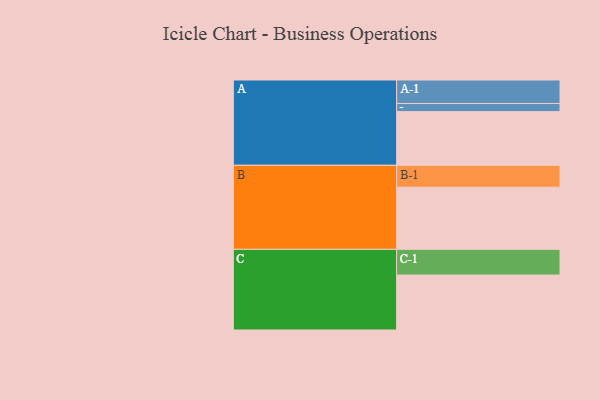
{"axis": {"x": "Segment", "y": "Value"}, "legend": ["", "A", "B", "C"], "data": [{"x": "A", "y": 336, "type": ""}, {"x": "B", "y": 389, "type": ""}, {"x": "C", "y": 344, "type": ""}, {"x": "A-1", "y": 147, "type": "A"}, {"x": "A-2", "y": 51, "type": "A"}, {"x": "B-1", "y": 137, "type": "B"}, {"x": "C-1", "y": 161, "type": "C"}]}